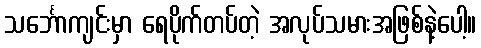
သင်္ဘောကျင်းမှာ ရေပိုက်တပ်တဲ့ အလုပ်သမားအဖြစ်နဲ့ပေါ့။